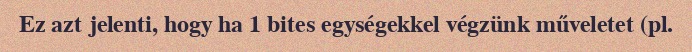
Ez azt jelenti, hogy ha 1 bites egységekkel végzünk műveletet (pl.